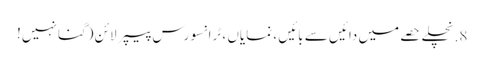
8. نچلے حصے میں دائیں سے بائیں ، نمایاں ، ٹرانسورس پیپر لائن (گنا نہیں!